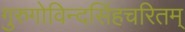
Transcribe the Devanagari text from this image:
गुरुगोविन्दसिंहचरितम्